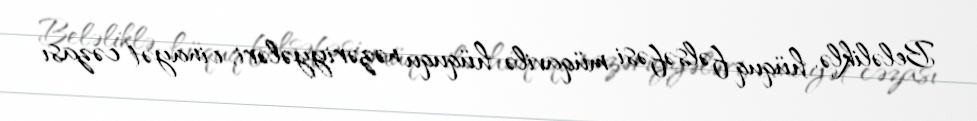
Beləliklə, hüquq fəlsəfəsi müqavilə hüququ nəzəriyyələri, cinayət cəzası